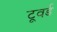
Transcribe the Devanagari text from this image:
टूवर्ड